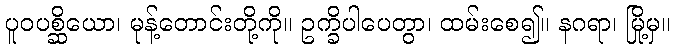
ပူဝပစ္ဆိယော၊ မုန့်တောင်းတို့ကို။ ဥက္ခိပါပေတွာ၊ ထမ်းစေ၍။ နဂရာ၊ မြို့မှ။